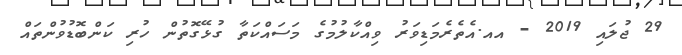
29 ޖުލައި 2019 - އއ.އެތެރެމަޑިވަރު ވިއްކާލުމުގެ މަސައްކަތާ ގުޅޭގޮތުން ހުރި ކަންބޮޑުވުންތައް